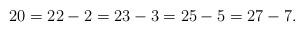
LaTeX: \begin{align*} 20 = 22 - 2 = 23 - 3 = 25 - 5 = 27 - 7.\end{align*}